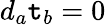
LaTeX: d_{a}\mathtt{t}_{b}=0